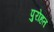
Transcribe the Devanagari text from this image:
पुरोहत